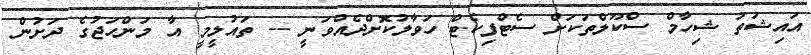
އައިޝަތު ޝިހާމް ސްކޫލްތަކަށް ސެޓްފިކެޓް ހަވާލުކޮށްދެއްވަނީ -- ތައުލީމީ އާ މަންހަޖުގެ ދަށުން